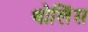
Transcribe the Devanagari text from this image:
थोलिंस